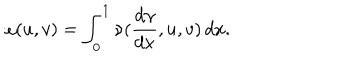
\omega ( u , v ) = \int _ { 0 } ^ { 1 } \nu ( \frac { d \gamma } { d x } , u , v ) \, d x .